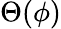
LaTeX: \Theta(\phi)